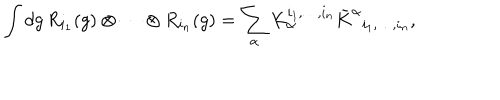
\int d g \, R _ { i _ { 1 } } ( g ) \otimes \cdots \otimes R _ { i _ { n } } ( g ) = \sum _ { \alpha } K _ { \alpha } ^ { i _ { 1 } , \ldots , i _ { n } } { \bar { K } ^ { \alpha } } _ { i _ { 1 } , \ldots , i _ { n } } ,